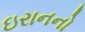
ઇરાનનો